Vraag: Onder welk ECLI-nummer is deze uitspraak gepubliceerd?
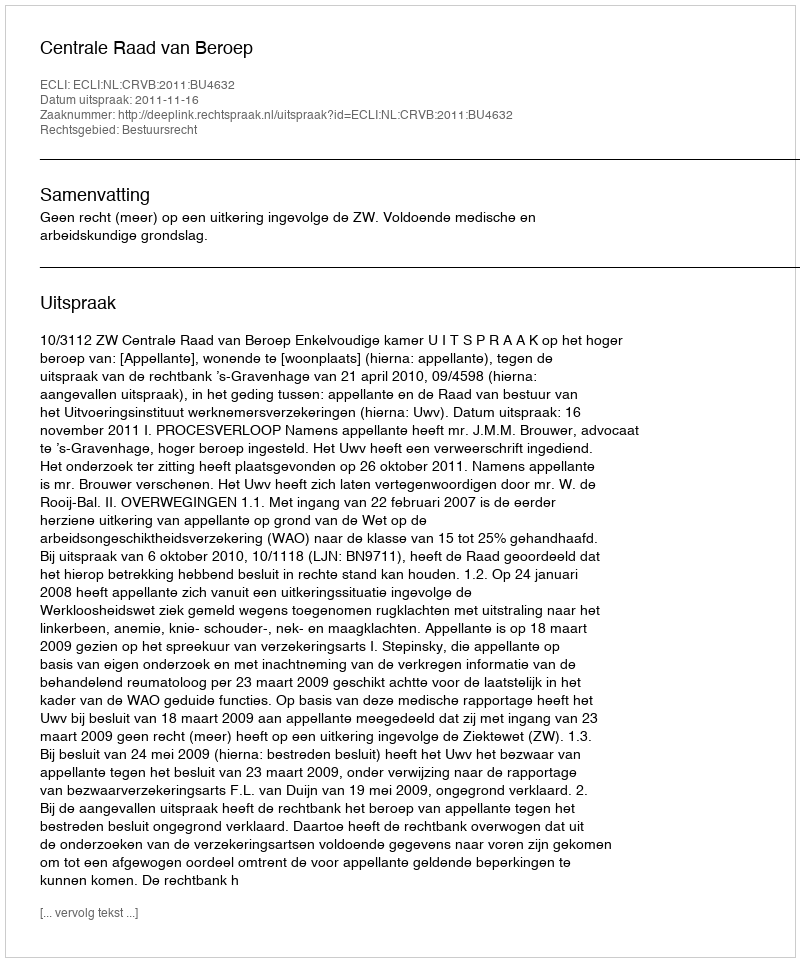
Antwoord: ECLI:NL:CRVB:2011:BU4632